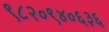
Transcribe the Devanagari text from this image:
९८२०९४०६३६